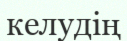
келудің